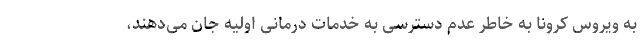
به ویروس کرونا به خاطر عدم دسترسی به خدمات درمانی اولیه جان می‌دهند،